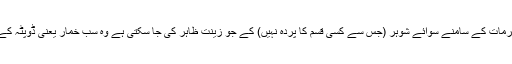
ان تمام محرمات کے سامنے سوائے شوہر (جس سے کسی قسم کا پردہ نہیں) کے جو زینت ظاہر کی جا سکتی ہے وہ سب خمار یعنی ڈوپٹہ کے ساتھ ہیں۔